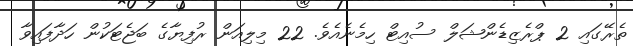
ތެރޭގައި 2 ޕްރެޒިޑެންޝަލް ސުއިޓް ހިމެނެއެވެ. 22 މިލިއަން ރުފިޔާގެ ބަޖެޓަކުން ހަދާފައިވާ